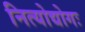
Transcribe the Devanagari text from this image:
नित्योद्योगः